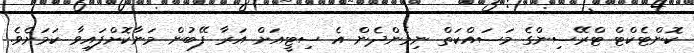
ކޮންޓެކްޓް ޓްރޭސިންގެ މަސައްކަތް ނިމެންދެން އެ ސިޓީއަށް އަރާ ފޭބުން މަނާކޮށްފައިވާ ކަމަށެވެ.